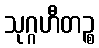
သုဂ္ဂဟီတဉ္စ